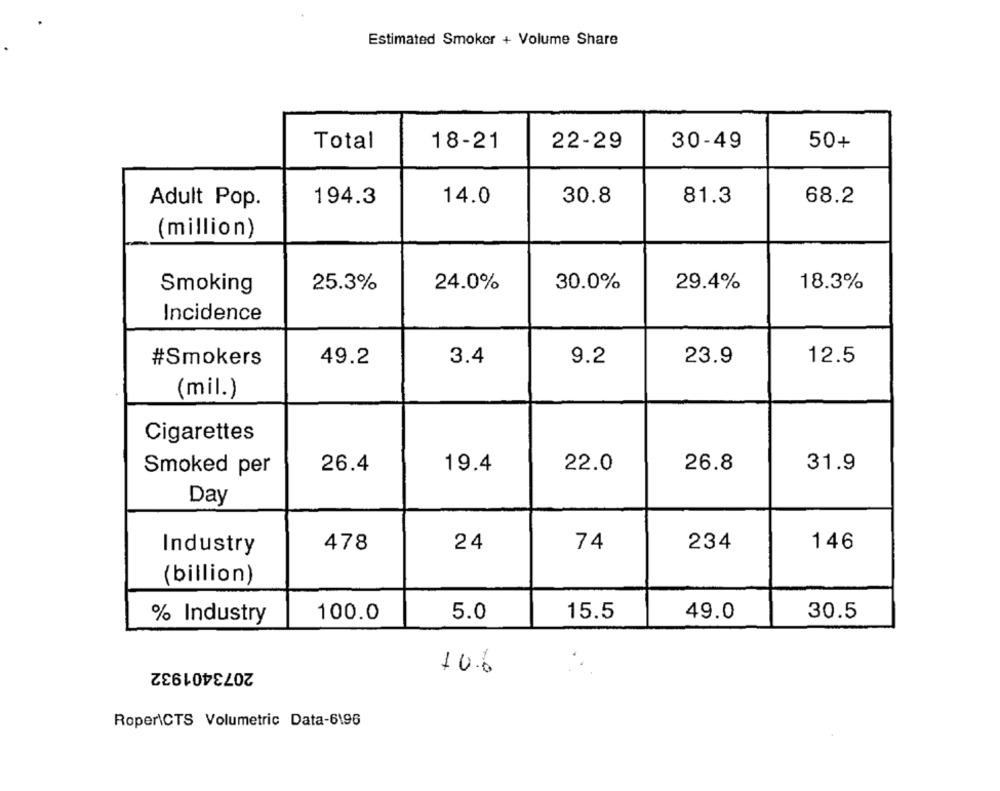
Estimated Smoker + Volume Share
Total
18-21
22-29
30-49
50+
30.8
Adult Pop.
194.3
14.0
81.3
68.2
(million)
25.3%
24.0%
30.0%
29.4%
18.3%
Smoking
Incidence
#Smokers
49.2
3.4
9.2
23.9
12.5
(mil.)
Cigarettes
26.4
19.4
22.0
26.8
31.9
Smoked per
Day
478
24
74
234
146
Industry
(billion)
100.0
5.0
15.5
49.0
30.5
% Industry
2073401932
10.6
Roper\CTS Volumetric Data-6196